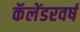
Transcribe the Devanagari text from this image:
कॅलेंडरवर्ष